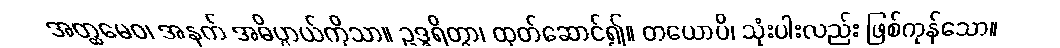
အတ္ထမေဝ၊ အနက် အဓိပ္ပာယ်ကိုသာ။ ဥဒ္ဓရိတွာ၊ ထုတ်ဆောင်၍။ တယောပိ၊ သုံးပါးလည်း ဖြစ်ကုန်သော။